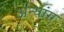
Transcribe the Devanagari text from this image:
अन्यांग